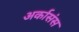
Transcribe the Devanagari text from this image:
अर्कासंस